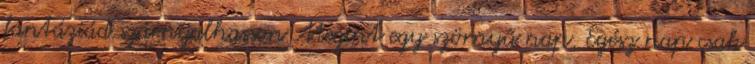
fantáziád szárnyalhasson Megint egy szörnyű nap. Egész nap csak